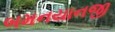
બમનયાનજી